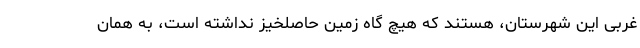
غربی این شهرستان، هستند که هیچ گاه زمین حاصلخیز نداشته است، به همان